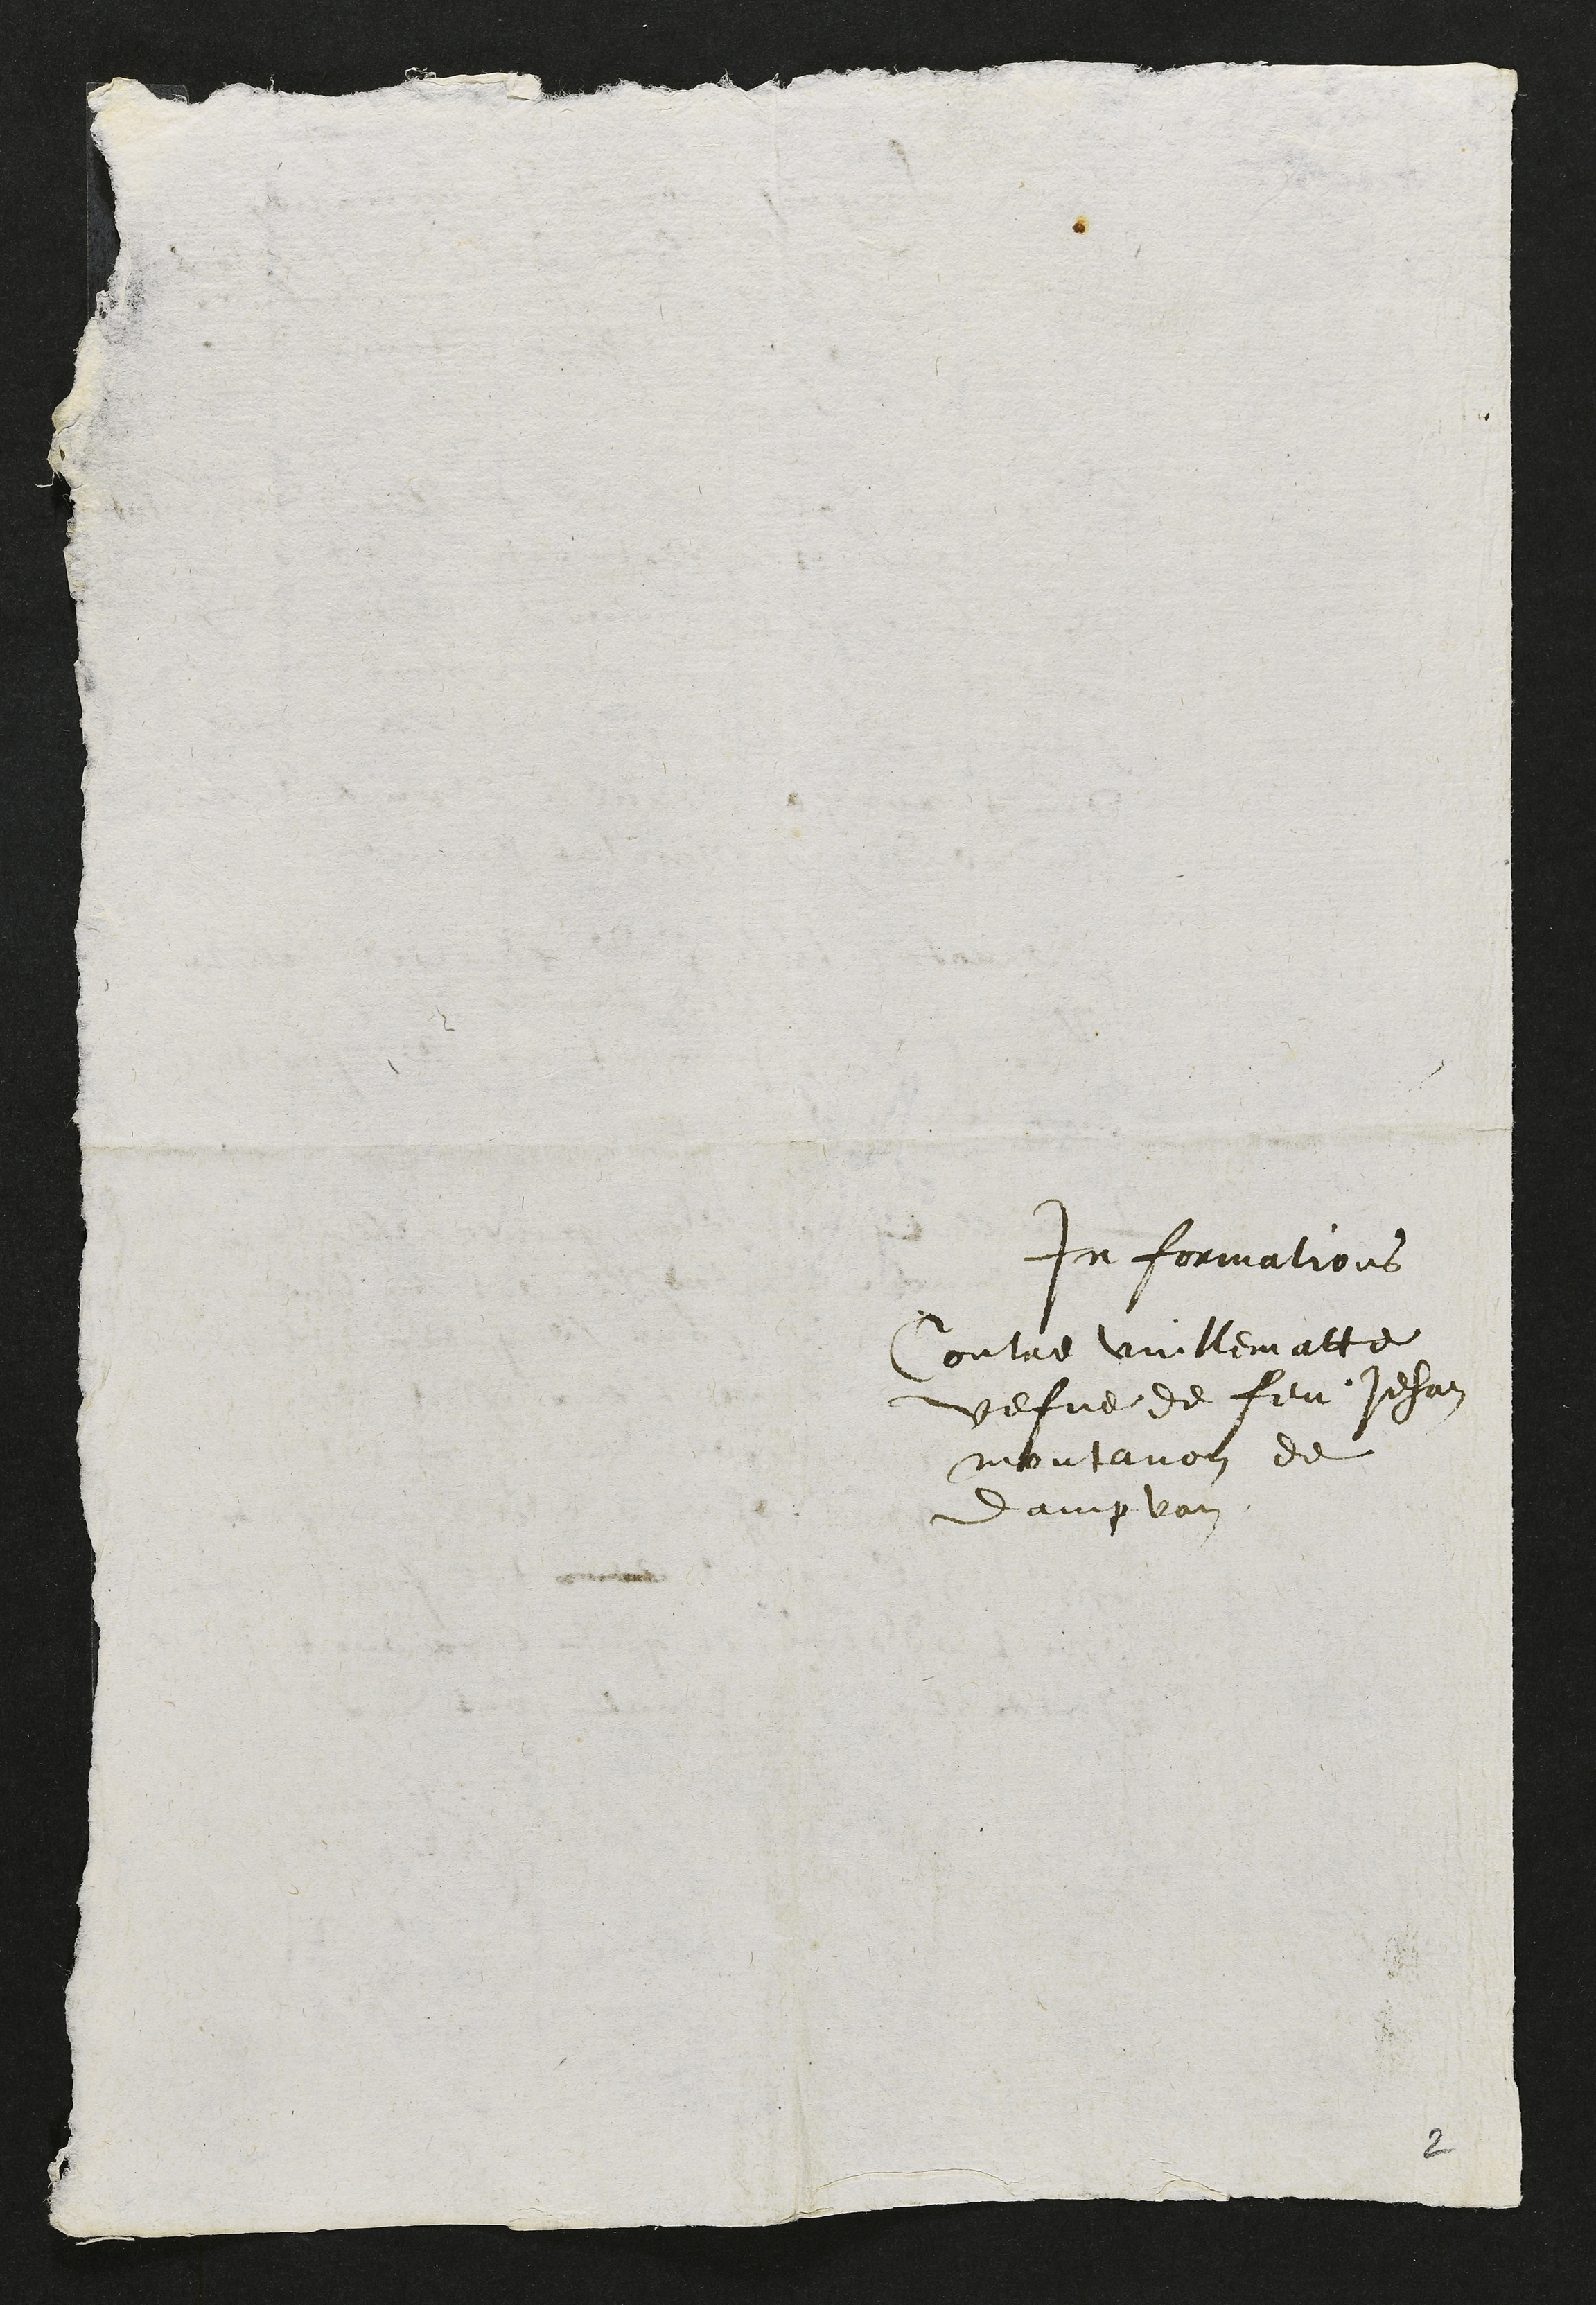
Informations
Contre Vuillematte
vefve de feu Jehan
montavon de
Dampvan